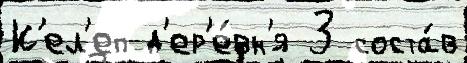
К'ел'еп д'ер'е́вн'я 3 соста́в